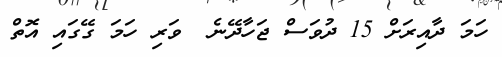
ހަމަ ދާއިރަށް 15 ދުވަސް ޖަހާދޭނެ  ވަރި ހަމަ ގޭގައި އޮތް